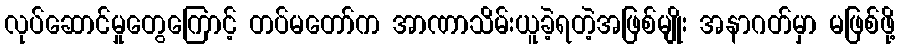
လုပ်ဆောင်မှုတွေကြောင့် တပ်မတော်က အာဏာသိမ်းယူခဲ့ရတဲ့အဖြစ်မျိုး အနာဂတ်မှာ မဖြစ်ဖို့